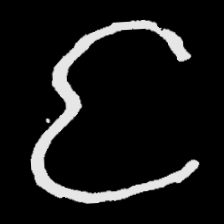
Pyu character \u2014 Myanmar letter: င (romanized: nga)